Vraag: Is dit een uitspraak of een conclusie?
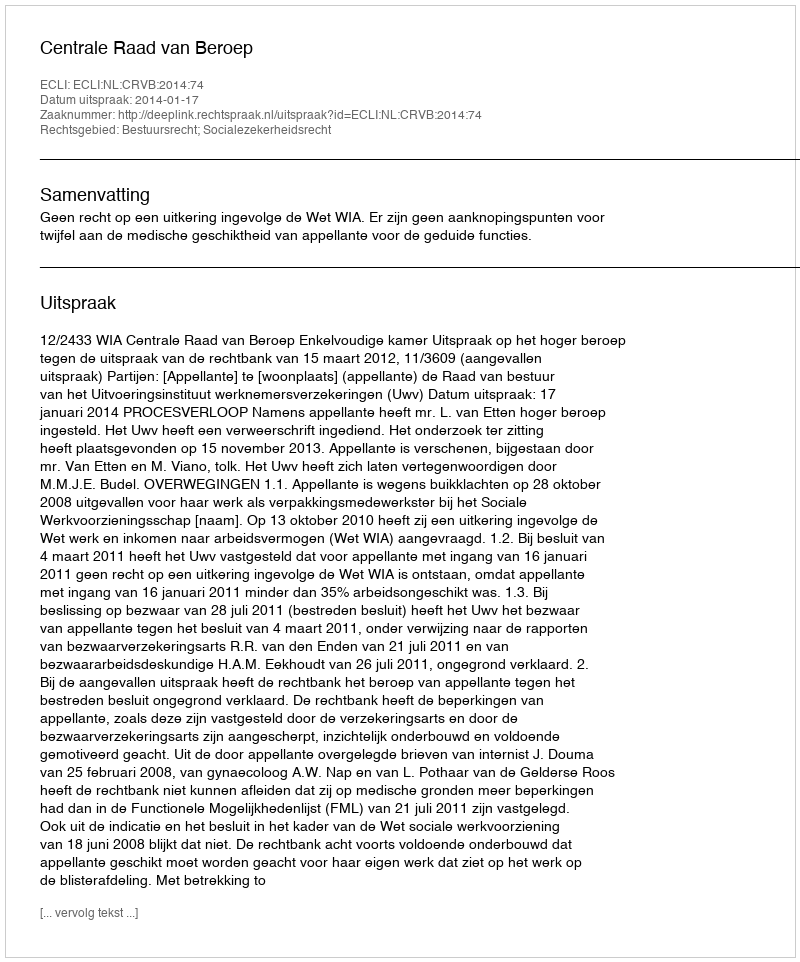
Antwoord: Uitspraak